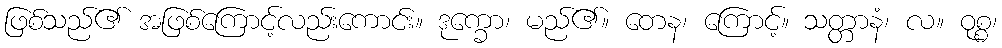
ဖြစ်သည်၏ အဖြစ်ကြောင့်လည်းကောင်း။ ဒုက္ခော၊ မည်၏။ တေန၊ ကြောင့်။ သတ္တာနံ၊ လ။ ဝုစ္စ၊